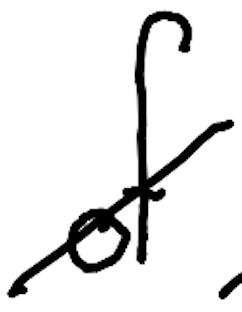
Text: of
Cross-out: mix
Writing tool: digital_black